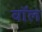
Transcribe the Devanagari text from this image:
वाॅल